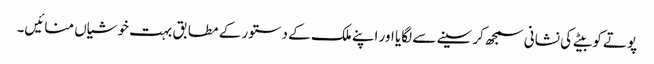
پوتے کو بیٹے کی نشانی سمجھ کر سینے سے لگایا اور اپنے ملک کے دستور کے مطابق بہت خوشیاں منائیں۔